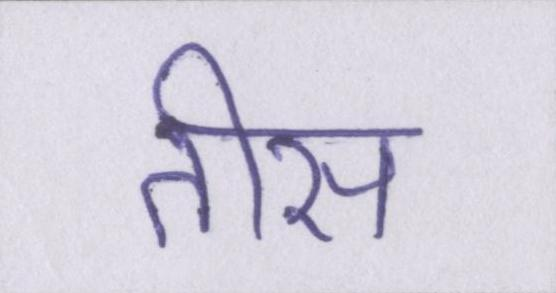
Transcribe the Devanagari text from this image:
तीस